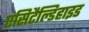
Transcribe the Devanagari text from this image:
एसिटैल्डिहाइड